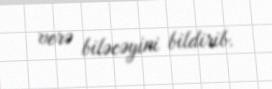
verə biləcəyini bildirib.